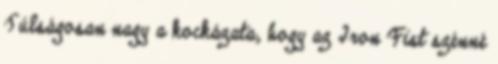
Túlságosan nagy a kockázata, hogy az Iron Fist szénné